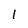
Character: l